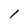
Character: l